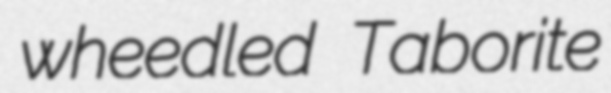
wheedled Taborite